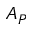
A _ { P }